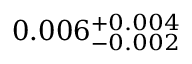
0 . 0 0 6 _ { - 0 . 0 0 2 } ^ { + 0 . 0 0 4 }